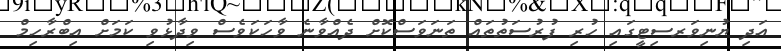
އަދި ޔުނިވަރސިޓީގައި ހުރި ފުރުސަތުތައް ތަނަވަސްކޮށް ދެއްވާނެ ވާހަކަވެސް ވިދާޅުވި ކަމަށް އިބްރާހިމް